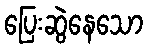
ပြေးဆွဲနေသော